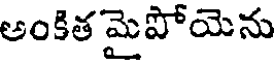
అంకిత మైపోయెను